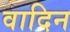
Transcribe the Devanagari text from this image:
वादिन